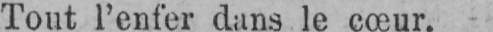
Tout l’enfer dans le cœur.